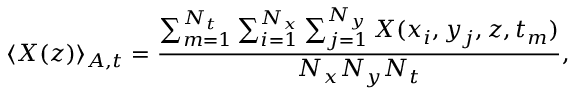
\langle X ( z ) \rangle _ { A , t } = \frac { \sum _ { m = 1 } ^ { N _ { t } } \sum _ { i = 1 } ^ { N _ { x } } \sum _ { j = 1 } ^ { N _ { y } } X ( x _ { i } , y _ { j } , z , t _ { m } ) } { N _ { x } N _ { y } N _ { t } } ,